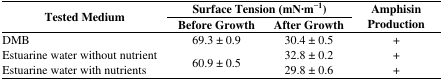
| <ROWSPAN=2> Tested Medium | <COLSPAN=2> Surface Tension (mN·m 1) | <ROWSPAN=2> Amphisin Production |
 | Before Growth | After Growth |
 | --- | --- | --- | --- |
 | DMB | 69.3 ± 0.9 | 30.4 ± 0.5 | + |
 | Estuarine water without nutrient | <ROWSPAN=2> 60.9 ± 0.5 | 32.8 ± 0.2 | + |
 | Estuarine water with nutrients | 29.8 ± 0.6 | + |